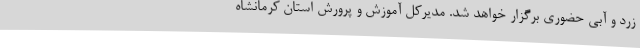
زرد و آبی حضوری برگزار خواهد شد. مدیرکل آموزش و پرورش استان کرمانشاه